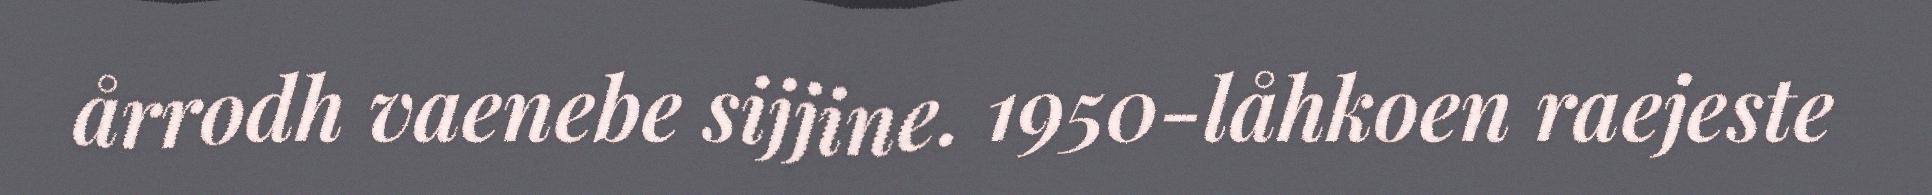
årrodh vaenebe sijjine. 1950-låhkoen raejeste